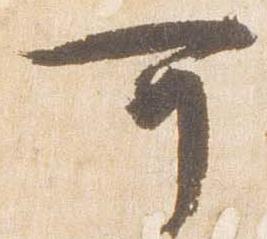
可